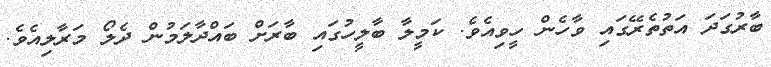
ބާރުގަދަ އަތުތެރޭގައި ވާހެން ހީވިއެވެ. ކަމީލާ ބާލީހުގައި ބާރަށް ބައްދާލަމުން ދެލޯ މަރާލިއެވެ.